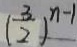
( \frac { 3 } { 2 } ) ^ { n - 1 }